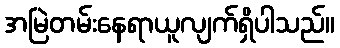
အမြဲတမ်းနေရာယူလျက်ရှိပါသည်။